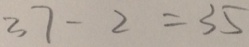
3 7 - 2 = 3 5